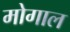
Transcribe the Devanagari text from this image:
मोगाल